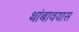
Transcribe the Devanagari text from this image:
थांबावयास